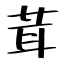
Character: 茸